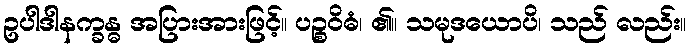
ဥပါဒါနက္ခန္ဓ အပြားအားဖြင့်။ ပဉ္စဝိဓံ၊ ၏။ သမုဒယောပိ၊ သည် လည်း။